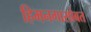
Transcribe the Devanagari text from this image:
हिमनगासोबत